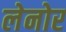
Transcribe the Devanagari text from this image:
लेनोर